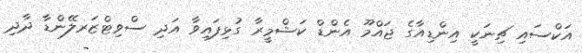
އަކްސައި ޗިނަކީ އިންޑިއާގެ ޖައްމޫ އެންޑް ކަޝްމީރާ ގުޅިފައިވާ އަދި ސްވިޓްޒަރލޭންޑާ ދާދި